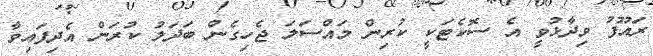
ރައޫފު ވިދާޅުވީ އެ ސޮކެޓަކީ ކުރިން މައްސަލަ ޖެހިގެން ބަދަލު ކުރަން އެދިފައިވާ